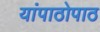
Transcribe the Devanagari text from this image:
यांपाठोपाठ